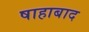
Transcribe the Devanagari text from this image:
षाहाबाद